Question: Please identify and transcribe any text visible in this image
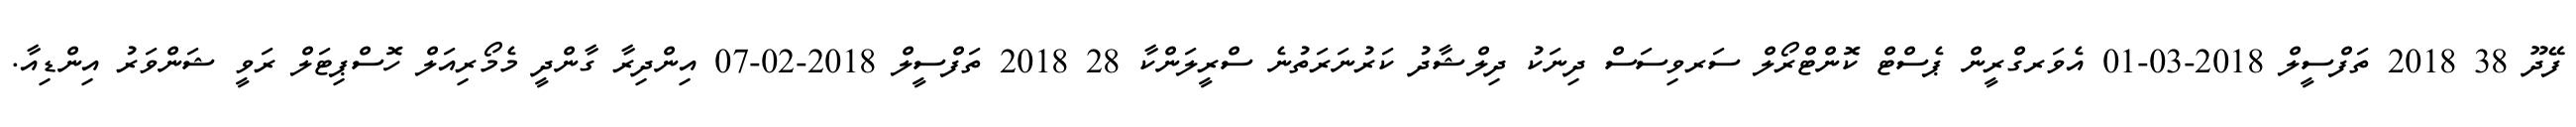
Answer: ފޭދޫ 38 2018 ތަފްސީލް 2018-03-01 އެވަރގްރީން ޕެސްޓް ކޮންޓްރޯލް ސަރވިސަސް ދިނަކު ދިލްޝާދު ކަރުނަރަތުނެ ސްރީލަންކާ 28 2018 ތަފްސީލް 2018-02-07 އިންދިރާ ގާންދީ މެމޯރިއަލް ހޮސްޕިޓަލް ރަވީ ޝަންވަރު އިންޑިއާ.